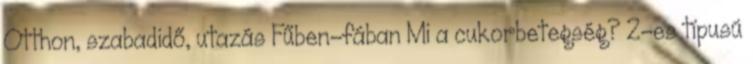
Otthon, szabadidő, utazás Fűben-fában Mi a cukorbetegség? 2-es típusú